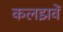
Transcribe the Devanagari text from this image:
कलझवें